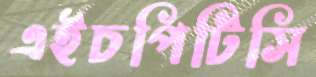
এইচপিটিসি